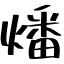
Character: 燔